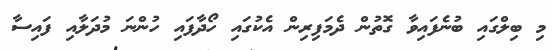
މި ބިލްގައި ބުނެފައިވާ ގޮތުން ދެމަފިރިން އެކުގައި ހޯދާފައި ހުންނަ މުދަލާއި ފައިސާ